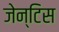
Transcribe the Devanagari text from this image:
जेन्टिस